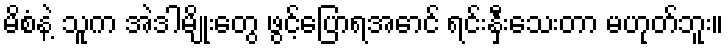
မိစံနဲ့ သူက အဲဒါမျိုးတွေ ဖွင့်ပြောရအောင် ရင်းနှီးသေးတာ မဟုတ်ဘူး။